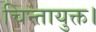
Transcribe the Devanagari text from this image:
चिन्तायुक्त।